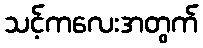
သင့်ကလေးအတွက်